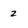
Character: 2